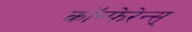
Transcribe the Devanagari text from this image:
कॉन्फेरेन्स्